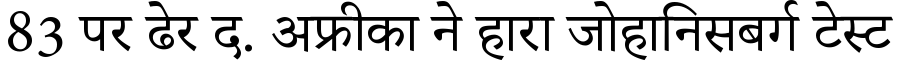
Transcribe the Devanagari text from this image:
83 पर ढेर द. अफ्रीका ने हारा जोहानिसबर्ग टेस्ट